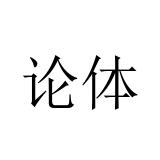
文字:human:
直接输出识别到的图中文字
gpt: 论体